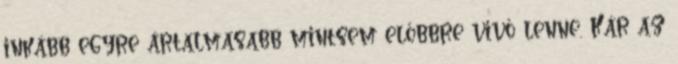
inkább egyre ártalmasabb mintsem előbbre vivő lenne. Kár az